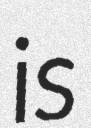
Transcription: is